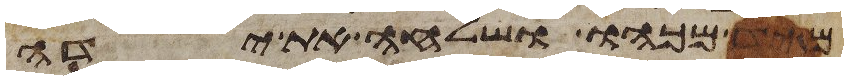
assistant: מיד מכהו ושלחה את ידה